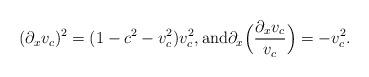
LaTeX: \begin{align*}(\partial_x v_c)^2 = (1 - c^2 - v_c^2) v_c^2 , {\rm and} \partial_x \Big( \frac{\partial_x v_c}{v_c} \Big) = - v^2_c.\end{align*}